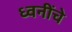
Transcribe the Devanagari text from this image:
ध्वनींचे